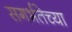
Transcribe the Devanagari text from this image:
सगर्भतेच्या